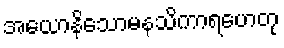
အယောနိသောမနသိကာရဟေတု